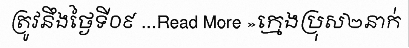
ត្រូវនឹងថ្ងៃទី០៩ ...Read More »ក្មេងប្រុស២នាក់